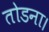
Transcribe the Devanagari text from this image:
तोडना।